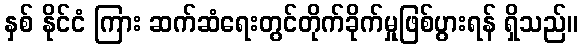
နှစ် နိုင်ငံ ကြား ဆက်ဆံရေးတွင်တိုက်ခိုက်မှုဖြစ်ပွားရန် ရှိသည်။